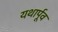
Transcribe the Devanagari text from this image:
यथार्पूव